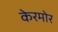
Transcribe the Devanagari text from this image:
केरमोर